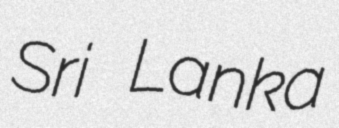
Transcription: Sri Lanka